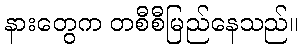
နားတွေက တစီစီမြည်နေသည်။